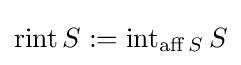
\operatorname {rint} S:=\operatorname {int} _{\operatorname {aff} S}S